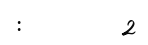
:         2